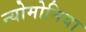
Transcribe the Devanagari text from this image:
न्योमोनिया